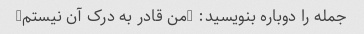
جمله را دوباره بنویسید: "من قادر به درک آن نیستم"